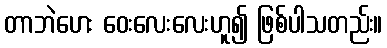
တာဘဲဟေး ဝေးလေးလေးဟူ၍ ဖြစ်ပါသတည်း။